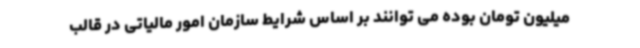
میلیون تومان بوده می توانند بر اساس شرایط سازمان امور مالیاتی در قالب